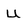
Character: u